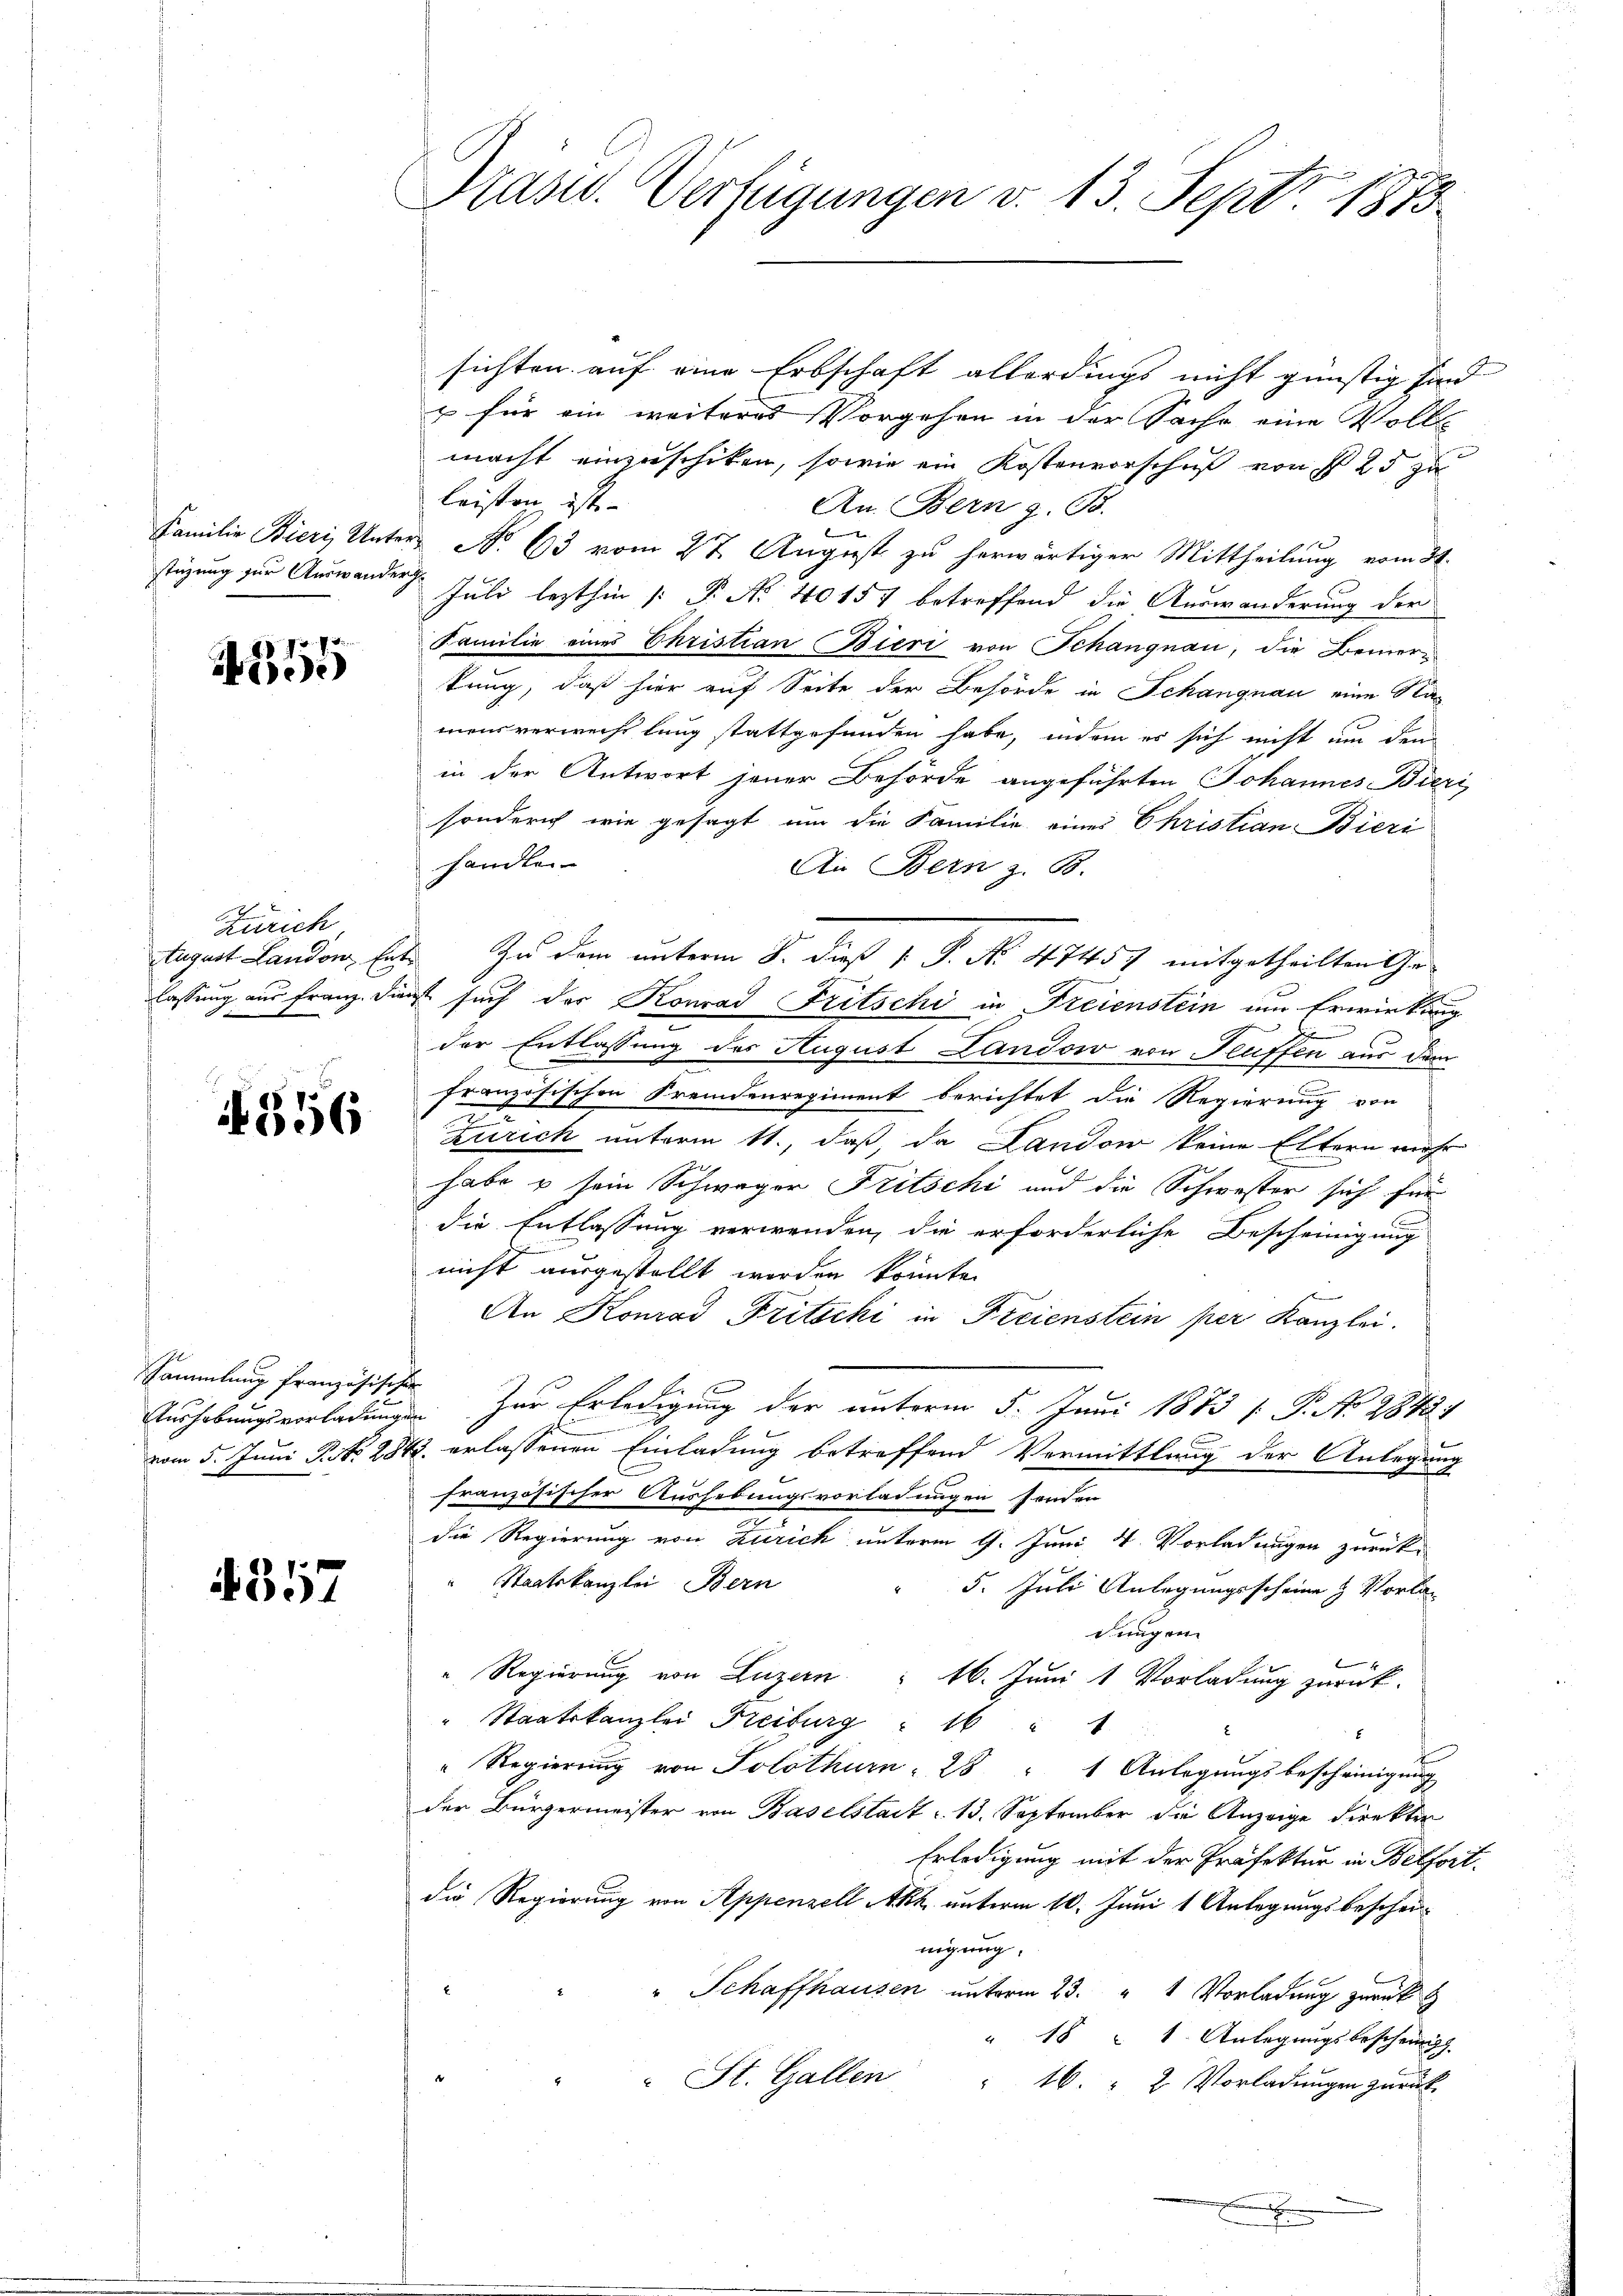
4355

Zürich

1856

Sammlung französischen

4357

Präsid. Verfügungen v. 13. Sept. 1873.

sichten auf eine Erbschaft allerdings nicht günstig sind
x für ein weiteres Vorgehen in der Sache eine Volls
macht einzuschiken, sowie ein Kostenvorschuß von § 25 zu
leisten ist. |
An. Bern z. B.
Familie Bieri, Unter No 63 vom 27. August zu herwärtiger Mittheilung vom 31.
stüzung zur Auswander Juli lezthin /: P. Nr. 40157 betreffend die Auswanderung der
Familie eines Christian Bieri von Schangnau, die Bemertung, daß hier auf Seite der Behörde in Schangnau eine Na-
mensverweicht lang stattgefunden habe, indem er sich nicht um den
in der Antwort jener Behörde angeführten Johannes Bieri
sondern wie gesagt, um die Familie eines Christian Bieri
handlen
An Bern z. B.
Augart Landon, hat. Zu dem unterm 8. daß v. P. No. 4745) mitgetheilten Gelassung aus Franz. Dienst such der Konrad Fritschi in Freienstein um Erwirkung
x
der Entlassung des August Landow von Flüffen aus dem
französischen Fremdenregiment berichtet die Regierung von
2
Zürich unterm 11., daß, da Landow keine Eltern mehr
habe u sein Schwager Fritschi und die Schwester sich für
die Entlassung verwenden, die erforderliche Bescheinigung
nicht ausgestellt werden könnte.
An Konrad Fritschi in Freienstein per Kanzlei.
.
Aushebungsvorladungen zur Erledigung der unterm 5. Juni 1873 [ P. No 2842)
vom 5. Juni P. No. 284. erlassenen Einladung betreffend Vermittlung der Anlegung
französischer Aushebungsvorladungen senden
die Regierung von Zürich unterm 9. Juni 4. Vorladungen zurück¬
Staatskanzlei Bern
5. Juli Anlegungsscheine & Vorladungen.
" Regierung von Luzern 16. Juni 1 Vorladung zurück.
" Staatskanzlei Freiburg 16 " 1
" Regierŭng von Solothurn 28 " 1 Anlegungsbescheinigung
der Bürgermeister von Baselstadt 13. September die Anzeige direkter
Erledigung mit der Präfektur in Belfort.
die Regierung von Appenzell Akh. unterm 10. Juni 1 Anlegungsbescheinnigung.
" Schaffhausen unterm 23. " 1 Vorladung zurück
" 18 " 1. Anlegungsbeschen
 St. Gallen
16. " 2 Vorladungen zurück
.